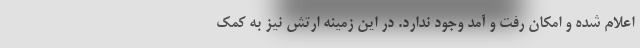
اعلام شده و امکان رفت و آمد وجود ندارد. در این زمینه ارتش نیز به کمک